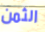
الثمن